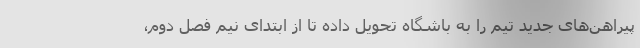
پیراهن‌های جدید تیم را به باشگاه تحویل داده تا از ابتدای نیم فصل دوم،